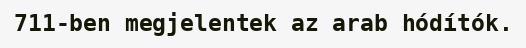
711-ben megjelentek az arab hódítók.